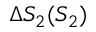
\Delta S _ { 2 } ( S _ { 2 } )